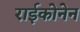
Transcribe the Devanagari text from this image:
राईकोनेन